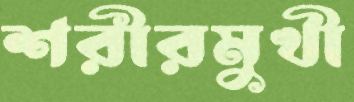
শরীরমুখী